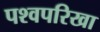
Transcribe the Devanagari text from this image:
पश्वपरिखा